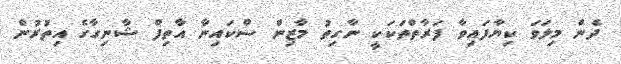
ދެން މިލަވަ ކިޔާފައިވާ ފަރާތްތަކަކީ ނާގިތު މާޒިން ސްކައިނާ އާތިފް ޝާނިގާގެ އިތުރުން